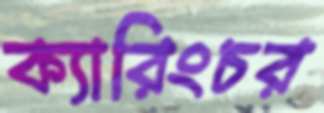
ক্যারিংচর